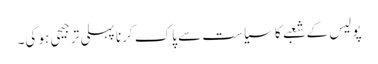
پولیس کے شعبے کا سیاست سے پاک کرنا پہلی ترجیحی ہو گی۔